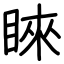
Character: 睞